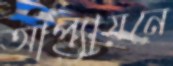
আপ্যায়নে